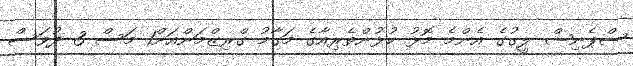
ސްޕެނިޝް ލީގުގެ އެންމެ މޮޅު ކުޅުންތެރިއާގެ މަގާމު ގްރިޒްމަންއަށް1 މަސް 3 ދުވަސް